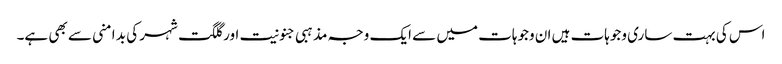
اس کی بہت ساری وجوہات ہیں ان وجوہات میں سے ایک وجہ مذہبی جنونیت اور گلگت شہر کی بد امنی سے بھی ہے۔